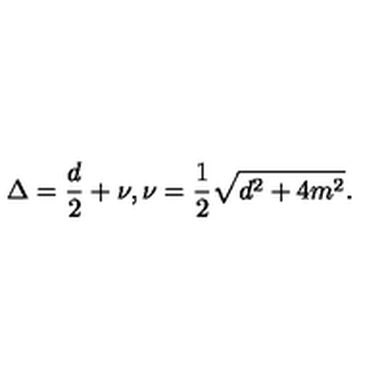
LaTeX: \Delta = { \frac { d } { 2 } } + \nu , \nu = { \frac { 1 } { 2 } } \sqrt { d ^ { 2 } + 4 m ^ { 2 } } .